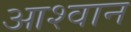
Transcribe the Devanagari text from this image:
आश्वान